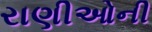
રાણીઓની